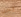
أجل